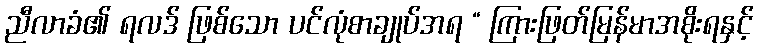
ညီလာခံ၏ ရလဒ် ဖြစ်သော ပင်လုံစာချုပ်အရ “ ကြားဖြတ်မြန်မာအစိုးရနှင့်